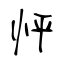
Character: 怦